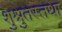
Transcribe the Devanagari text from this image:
शुश्रुतस्तथा